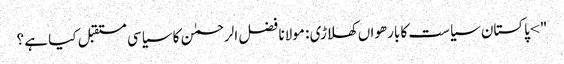
"> پاکستان سیاست کا بارھواں کھلاڑی : مولانا فضل الرحمٰن کا سیاسی مستقبل کیا ہے ؟